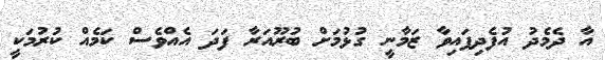
އާ ދެމެދު އުފެދިފައިވާ ޒަމާނީ ގުޅުމަށް ބުރޫއަރާ ފަދަ އެއްވެސް ކަމެއް ކުރުމަކީ